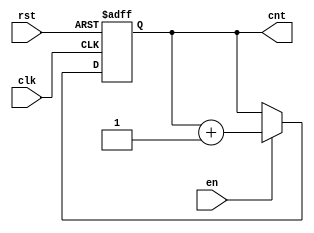
module incremental_counter (
    input wire clk,        // Clock input
    input wire en,        // Enable input
    input wire rst,       // Reset input
    output reg [7:0] cnt  // 8-bit counter output
);

    // Initial value for the counter
    initial begin
        cnt = 8'b0; // Initialize counter to 0
    end

    // Always block triggered on the rising edge of the clock
    always @(posedge clk or posedge rst) begin
        if (rst) begin
            // Reset the counter to 0
            cnt <= 8'b0;
        end else if (en) begin
            // Increment the counter, wrapping around on overflow
            cnt <= cnt + 1;
        end
        // If en is low, the counter retains its value
    end

endmodule